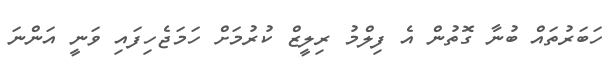
ހަބަރުތައް ބުނާ ގޮތުން އެ ފިލްމު ރިލީޒް ކުރުމަށް ހަމަޖެހިފައި ވަނީ އަންނަ